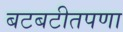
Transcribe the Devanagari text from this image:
बटबटीतपणा